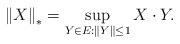
\begin{align*}\left\Vert X\right\Vert _{\ast}=\sup_{Y\in E:\left\Vert Y\right\Vert \leq1}X\cdot Y.\end{align*}